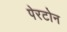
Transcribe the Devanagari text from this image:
पेरटोन